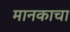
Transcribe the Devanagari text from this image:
मानकाचा